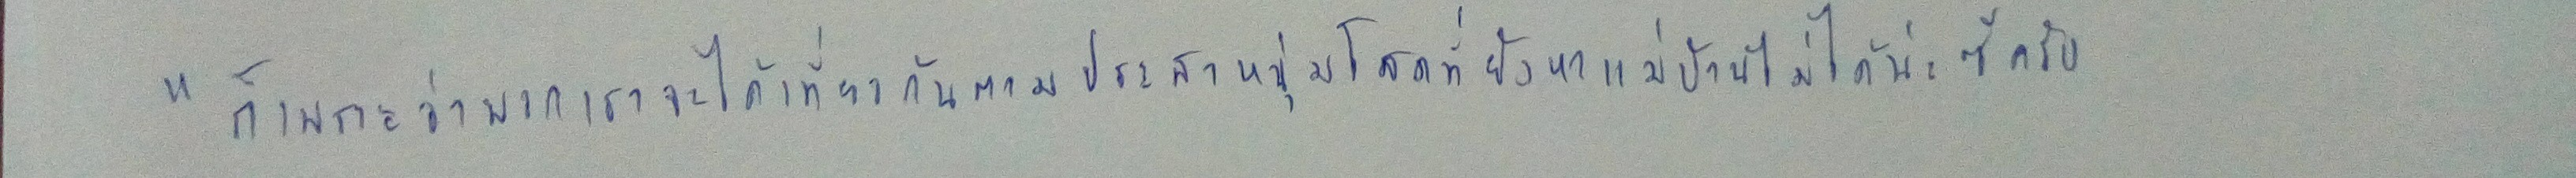
"ก็เพราะว่าพวกเราจะได้เที่ยวกันตามประสาหนุ่มโสดที่ยังหาแม่บ้านไม่ได้น่ะซีครับ